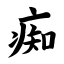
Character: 痴